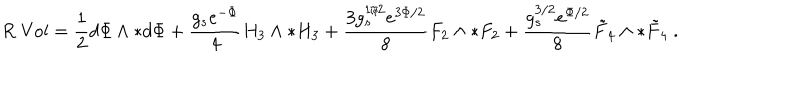
LaTeX: R \; \mathrm { V o l } = \frac { 1 } { 2 } d \Phi \wedge { * } d \Phi + \frac { g _ { s } e ^ { - \Phi } } { 4 } H _ { 3 } \wedge { * } H _ { 3 } + \frac { 3 g _ { s } ^ { 1 / 2 } e ^ { 3 \Phi / 2 } } { 8 } F _ { 2 } \wedge { * } F _ { 2 } + \frac { g _ { s } ^ { 3 / 2 } e ^ { \Phi / 2 } } { 8 } \tilde { F } _ { 4 } \wedge { * } \tilde { F } _ { 4 } \ .